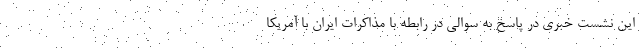
این نشست خبری در پاسخ به سوالی در رابطه با مذاکرات ایران با آمریکا